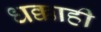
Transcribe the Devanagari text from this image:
धक्काही